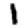
Digit: 1